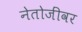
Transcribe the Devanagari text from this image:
नेतोजींवर